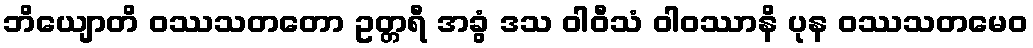
ဘိယျောတိ ဝဿသတတော ဥတ္တရီ အခွံ ဒသ ဝါဝီသံ ဝါဝဿာနိ ပုန ဝဿသတမေဝ